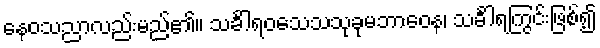
နေဝသညာလည်းမည်၏။ သင်္ခါရဝသေသသုခုမဘာဝေန၊ သင်္ခါရကြွင်းဖြစ်၍